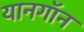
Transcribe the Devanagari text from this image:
यानगॉन